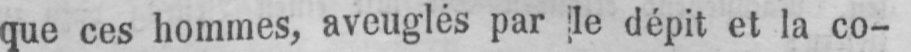
que ces hommes, aveuglés par le dépit et la co-